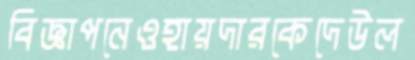
বিজ্ঞাপনেওহায়দারকেদেউল